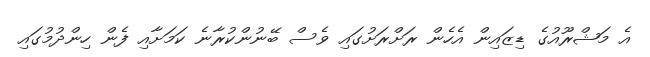
އެ މަޝްރޫއުގެ ޑިޒައިން އެހެން ރަށްރަށުގައި ވެސް ބޭނުންކުރާނެ ކަމަށާއި ފެން ހިންދުމުގައި